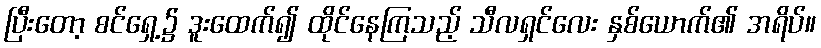
ပြီးတော့ စင်ရှေ့၌ ဒူးထေက်၍ ထိုင်နေကြသည့် သီလရှင်လေး နှစ်ယောက်၏ အရိပ်။